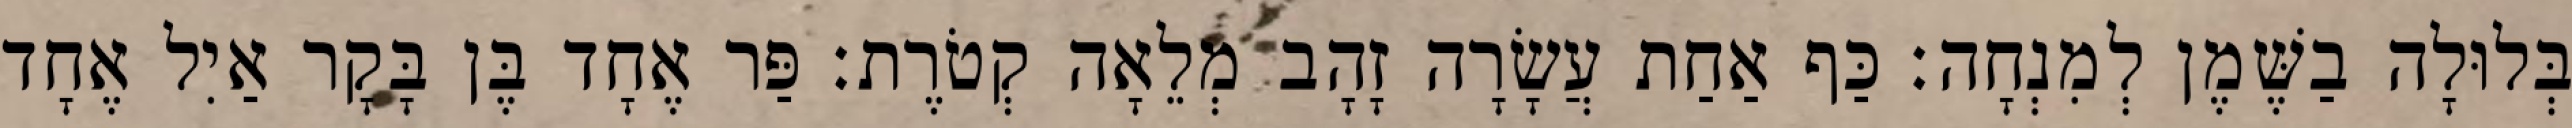
בְּלוּלָה בַשֶּׁמֶן לְמִנְחָה׃ כַּף אַחַת עֲשָׂרָה זָהָב מְלֵאָה קְטֹרֶת׃ פַּר אֶחָד בֶּן בָּקָר אַיִל אֶחָד